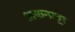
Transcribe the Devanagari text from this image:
अकनान्नूर